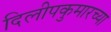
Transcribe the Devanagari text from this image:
दिलीपकुमारच्या